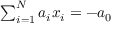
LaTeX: \textstyle \sum _ { i = 1 } ^ { N } a _ { i } x _ { i } = - a _ { 0 }